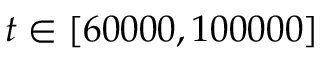
t \in [ 6 0 0 0 0 , 1 0 0 0 0 0 ]